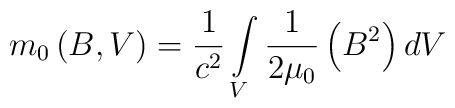
m_{0}\left(B,V\right) = \frac{1}{c^2} \int\limits_{V}\frac{1}{2\mu_{0}}\left(B^{2}\right)dV